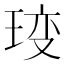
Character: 𤥥